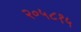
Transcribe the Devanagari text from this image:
२०५८१५